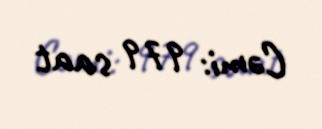
Cəmi: 979 saat